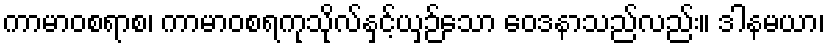
ကာမာဝစရာစ၊ ကာမာဝစရကုသိုလ်နှင့်ယှဉ်သော ဝေဒနာသည်လည်း။ ဒါနမယာ၊